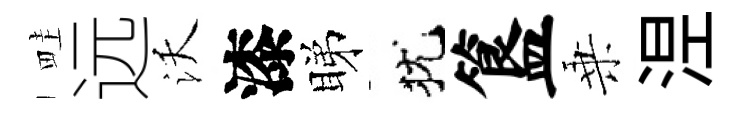
畦远沃漆睇犹簋乗𣵀